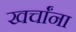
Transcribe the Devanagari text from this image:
खर्चांना